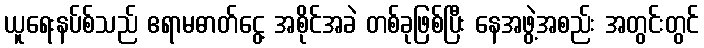
ယူရေးနပ်စ်သည် ဧရာမဓာတ်ငွေ့ အစိုင်အခဲ တစ်ခုဖြစ်ပြီး နေအဖွဲ့အစည်း အတွင်းတွင်